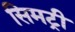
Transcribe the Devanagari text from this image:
सिमट्री